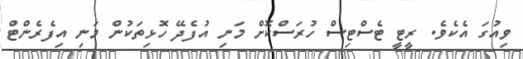
ވިއުގަ އެކެވެ. ރީޓީ ޓެސްޓިސް ހުރަސްކޮށް މަނި އުފެދޭ ހޮޅިތަކުން މަނި އިފެރެންޓް